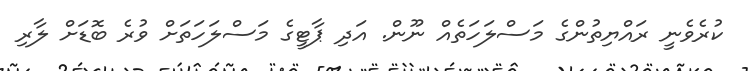
ކުރެވެނީ ރައްޔިތުންގެ މަސްލަހަތެއް ނޫން. އަދި ޕާޓީގެ މަސްލަހަތަށް ވުރެ ބޮޑަށް ލާރި